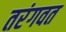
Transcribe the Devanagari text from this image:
तरंगवत